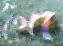
থো